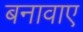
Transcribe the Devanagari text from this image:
बनावाए